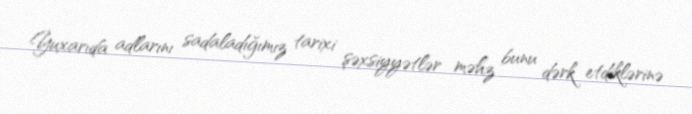
Yuxarıda adlarını sadaladığımız tarixi şəxsiyyətlər məhz bunu dərk etdiklərinə